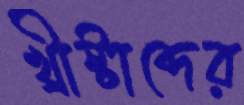
খ্রীষ্টাব্দের